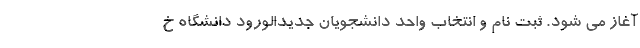
آغاز می شود. ثبت نام و انتخاب واحد دانشجویان جدیدالورود دانشگاه خ